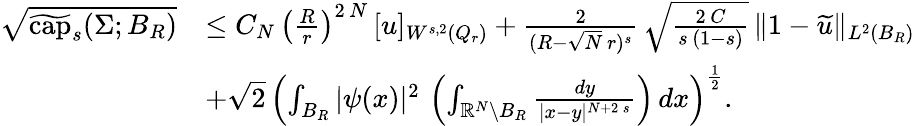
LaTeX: \begin{array}{rl}{\sqrt{\widetilde{\mathrm{cap}}_{s}(\Sigma;B_{R})}}&{\le C_{N}\, \left(\frac{R}{r}\right)^{2\, N}\, [u]_{W^{s,2}(Q_{r})}+\frac{2}{(R-\sqrt{N}\, r)^{s}}\, \sqrt{\frac{2\, C}{s\, (1-s)}}\, \| 1-\widetilde{u}\| _{L^{2}(B_{R})}}\\ &{+\sqrt{2}\, \left(\int_{B_{R}}|\psi(x)|^{2}\, \left(\int_{\mathbb{R}^{N}\setminus B_{R}}\frac{dy}{|x-y|^{N+2\, s}}\right)\, dx\right)^{\frac{1}{2}}.}\end{array}